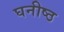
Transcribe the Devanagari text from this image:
घनीष्ठ